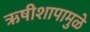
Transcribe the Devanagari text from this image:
ऋषीशापामुळे